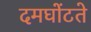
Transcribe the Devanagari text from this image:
दमघोंटते